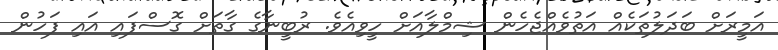
އަމީރަށް ބަދަލުތަކެއް އަތުވެއްޖެހެން ޝިމްލާއަށް ހީވިއެވެ. ރުބީނާގެ ގާތަށް ގޮސްފައި އައި ފަހުން